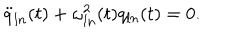
\ddot { q } _ { l n } ( t ) + \omega _ { l n } ^ { 2 } ( t ) q _ { l n } ( t ) = 0 .